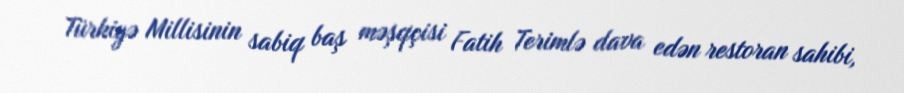
Türkiyə Millisinin sabiq baş məşqçisi Fatih Terimlə dava edən restoran sahibi,